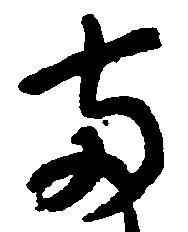
両